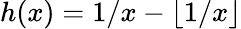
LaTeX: h(x)=1/x-\lfloor 1/x\rfloor